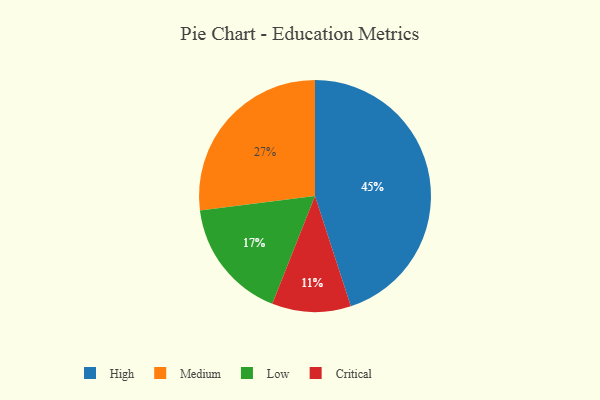
{"axis": {"x": "Category", "y": "Percentage"}, "legend": ["Critical", "High", "Low", "Medium"], "data": [{"x": "Critical", "y": 11, "type": "Critical"}, {"x": "Medium", "y": 27, "type": "Medium"}, {"x": "Low", "y": 17, "type": "Low"}, {"x": "High", "y": 45, "type": "High"}]}